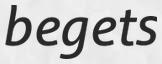
begets